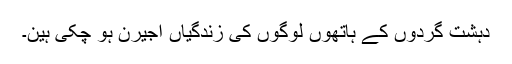
دہشت گردوں کے ہاتھوں لوگوں کی زندگیاں اجیرن ہو چکی ہین۔